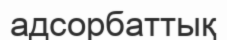
адсорбаттық